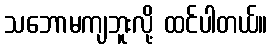
သဘောမကျဘူးလို့ ထင်ပါတယ်။